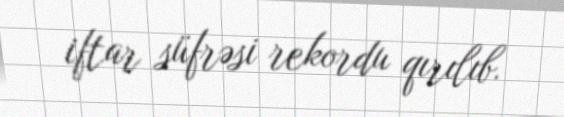
iftar süfrəsi rekordu qırılıb.